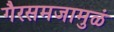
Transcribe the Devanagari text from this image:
गैरसमजामुळं